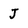
Character: J